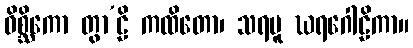
ဝိစ္ဆိကော တွာ’ဠိ ကထိတော၊ သရဗူ ဃရဂေါဠိကာ။